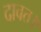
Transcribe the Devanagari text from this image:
दावत।